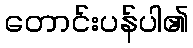
တောင်းပန်ပါ၏